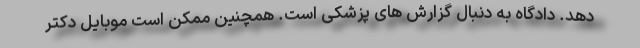
دهد. دادگاه به دنبال گزارش های پزشکی است. همچنین ممکن است موبایل دکتر